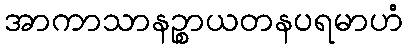
အာကာသာနဉ္စာယတနပရမာဟံ